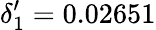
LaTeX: \delta_{1}^{\prime}=0.02651